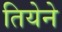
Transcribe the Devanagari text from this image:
तियेने